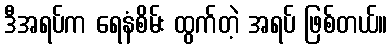
ဒီအရပ်က ရေနံစိမ်း ထွက်တဲ့ အရပ် ဖြစ်တယ်။